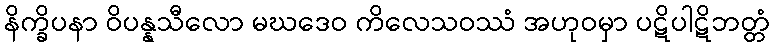
နိက္ခိပနာ ဝိပန္နသီလော မဃဒေဝ ကိလေသဝဿံ အဟုဝမှာ ပဋိပါဋိဘတ္တံ